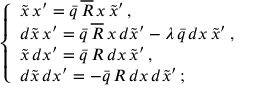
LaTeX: \left\{ \begin{array} { l } { { \tilde { x } \, x ^ { \prime } = \bar { q } \, \overline { { { R } } } \, x \, \tilde { x } ^ { \prime } \, , } } \\ { { d \tilde { x } \, x ^ { \prime } = \bar { q } \, \overline { { { R } } } \, x \, d \tilde { x } ^ { \prime } - \lambda \, \bar { q } \, d x \, \tilde { x } ^ { \prime } \, , } } \\ { { \tilde { x } \, d x ^ { \prime } = \bar { q } \, R \, d x \, \tilde { x } ^ { \prime } \, , } } \\ { { d \tilde { x } \, d x ^ { \prime } = - \bar { q } \, R \, d x \, d \tilde { x } ^ { \prime } \, ; } } \end{array} \right.